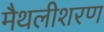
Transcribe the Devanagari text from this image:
मैथलीशरण